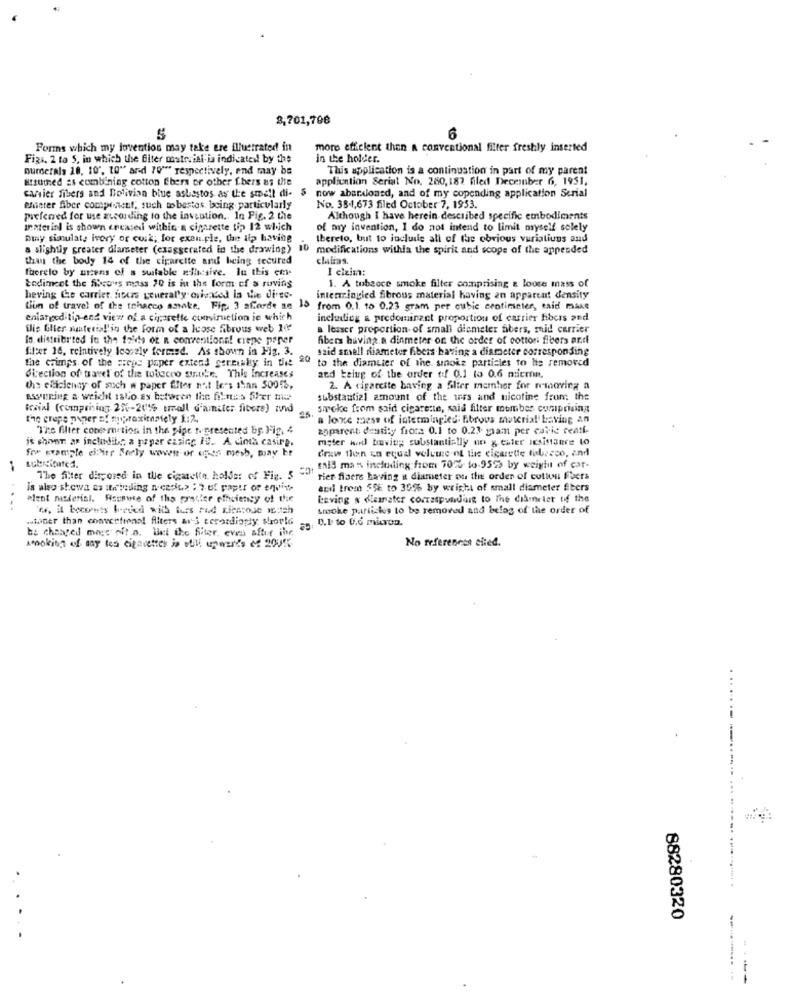
3,701,70€
5
6
Forms which my lovention may take tre illustrated in
more efficient than A conventional filter freshly inserted
Figs. 2 to 5, in which the fiter matrviti ia indicated by the
in the holder.
numerals 18, 10". 10" and 70""" respectively, and may be
This application is a continuation in part of my parent
attuthed as combining cotton Ebers or other Chers Bs die
application Serial No. 260,187 filed December 6, 1951.
cartier fibers and Bolivian blue asbestos as the small di- $ now abandoned, and of my copending application Serial
eheter fiber component, such wobestes. being particularly
No. 38-1,673 filed October 7, 1953.
preferred for use zucording to the invention. In Fig. 2 the
Although I have herein described specific embodiments
Inster iol is shown ercases within a cigarette tip 12 which
of my invention, I do not intend to limit myself solely
Duy simulaty ivory or cuik; for example, the ilp having
thereto, but to include all of the obvious variations and
a slightly greater diameter (exaggerated in the drawing)
modifications withla the spirit and scope of the appended
thus the body 14 of the cigarette and being secured
clairas.
fuerelo by ntens of a suitable ethicsive. In this cer
I claim:
todimeet the fibrous mass 20 is in the form of s roving
1. A tobecce smoke filter comprising a loose mass of
heving Ce carrier, ficus generally ovinated In Vie direc-
intearingled fibrous material having an apparent density
tion of travel of the tehacco amake, Fip. 3 aforde an 15
from 0.1. 15 0.23 gram per cubic centimnier, said make
enlarged tip end view of a cigarette conviruction ie which
incluatiog & predominant proportion of carrier fibers and
flie Glier materia!'in the form of a luose fibrous web 10
a lesser proportion of small diameter fibers, maid carrier
lo distribrted in the faits of n conventions! crepe paper
fibers having a dinmeter on the order of cotton fibers and
filter 16, relatively loosely formed. As shown in Fig. 3.
said smell diameter fibers having a diameter corresponding
the crimps. of the crepe paper extend gereally in the "" to the diameter of the smoke particles to be removed
direction of travel of the tobacco sirke. This Increases
and being of the order tof 0.1 (3 0.6 miemn.
the efficiency of such w paper filter not less than 5001%,
2. A digarcite having a filter memher for removing a
eswaring a weicht talo as between the fitnes Sher me
substantial amount of the iss and nicotine from the
Ksial (compring 2%4-20% small d'amiter fibers) zuid
smoke from said cigarette, mais filter member conprising
the crepe peger of myproximately 1:2.
a loxe mess of intermingled: fibrous material baving an
The filter conesmetion in the pipe topresented by. Fig, 4
zaparent dentity frota 0.1 to 0.23 maam per cavic rentk
is shown ar includibr a paper casing IV. A cinta casire.
meter kud bavitg; substantially on & taler IcsiManre to
for Example elfitr Berly woven or ufes mesh, may be
draw then an equal volume of the cigarette tubeeco, and
mais man including from 70% to-9595 by weight of car-
The filter disposed in the cigarette, holder of Fig. 5
rier fibers having u diameter on the order of cotton Fuers
is also stowa es strindling needius : 7-of papir or equin
andi tremt 59E to 30% by wright of small diameter Ebers
alent material. Hisunwce of tha gratter efficiency of the
keving & «lesrater correspundaig to The diameter of the
..
os, it becomess breved with turs rud rientose wc;tah
smoke partiches to be removed and belog of the order of
toner than conventional fliters ar i cerosdiogly should
0.1 to 0.6 micron.
bs changed more oft.a. det the filter, even after the
smoking of say tes cigarettes in utili upwards of 2005%
No references cited.
...
88280320
----